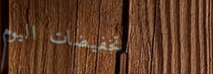
تخفيضات اليوم